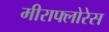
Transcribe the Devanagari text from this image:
मीराफ्लोरेस